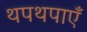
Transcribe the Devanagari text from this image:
थपथपाएँ